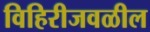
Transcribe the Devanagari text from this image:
विहिरीजवळील